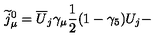
\widetilde { j } _ { \mu } ^ { 0 } = \overline { { U } } _ { j } \gamma _ { \mu } \frac 1 2 ( 1 - \gamma _ { 5 } ) U _ { j } -